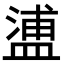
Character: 𥂈